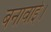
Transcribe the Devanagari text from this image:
बनावाई।